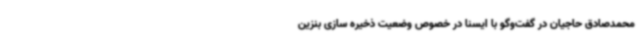
محمدصادق حاجیان در گفت‌وگو با ایسنا در خصوص وضعیت ذخیره سازی بنزین